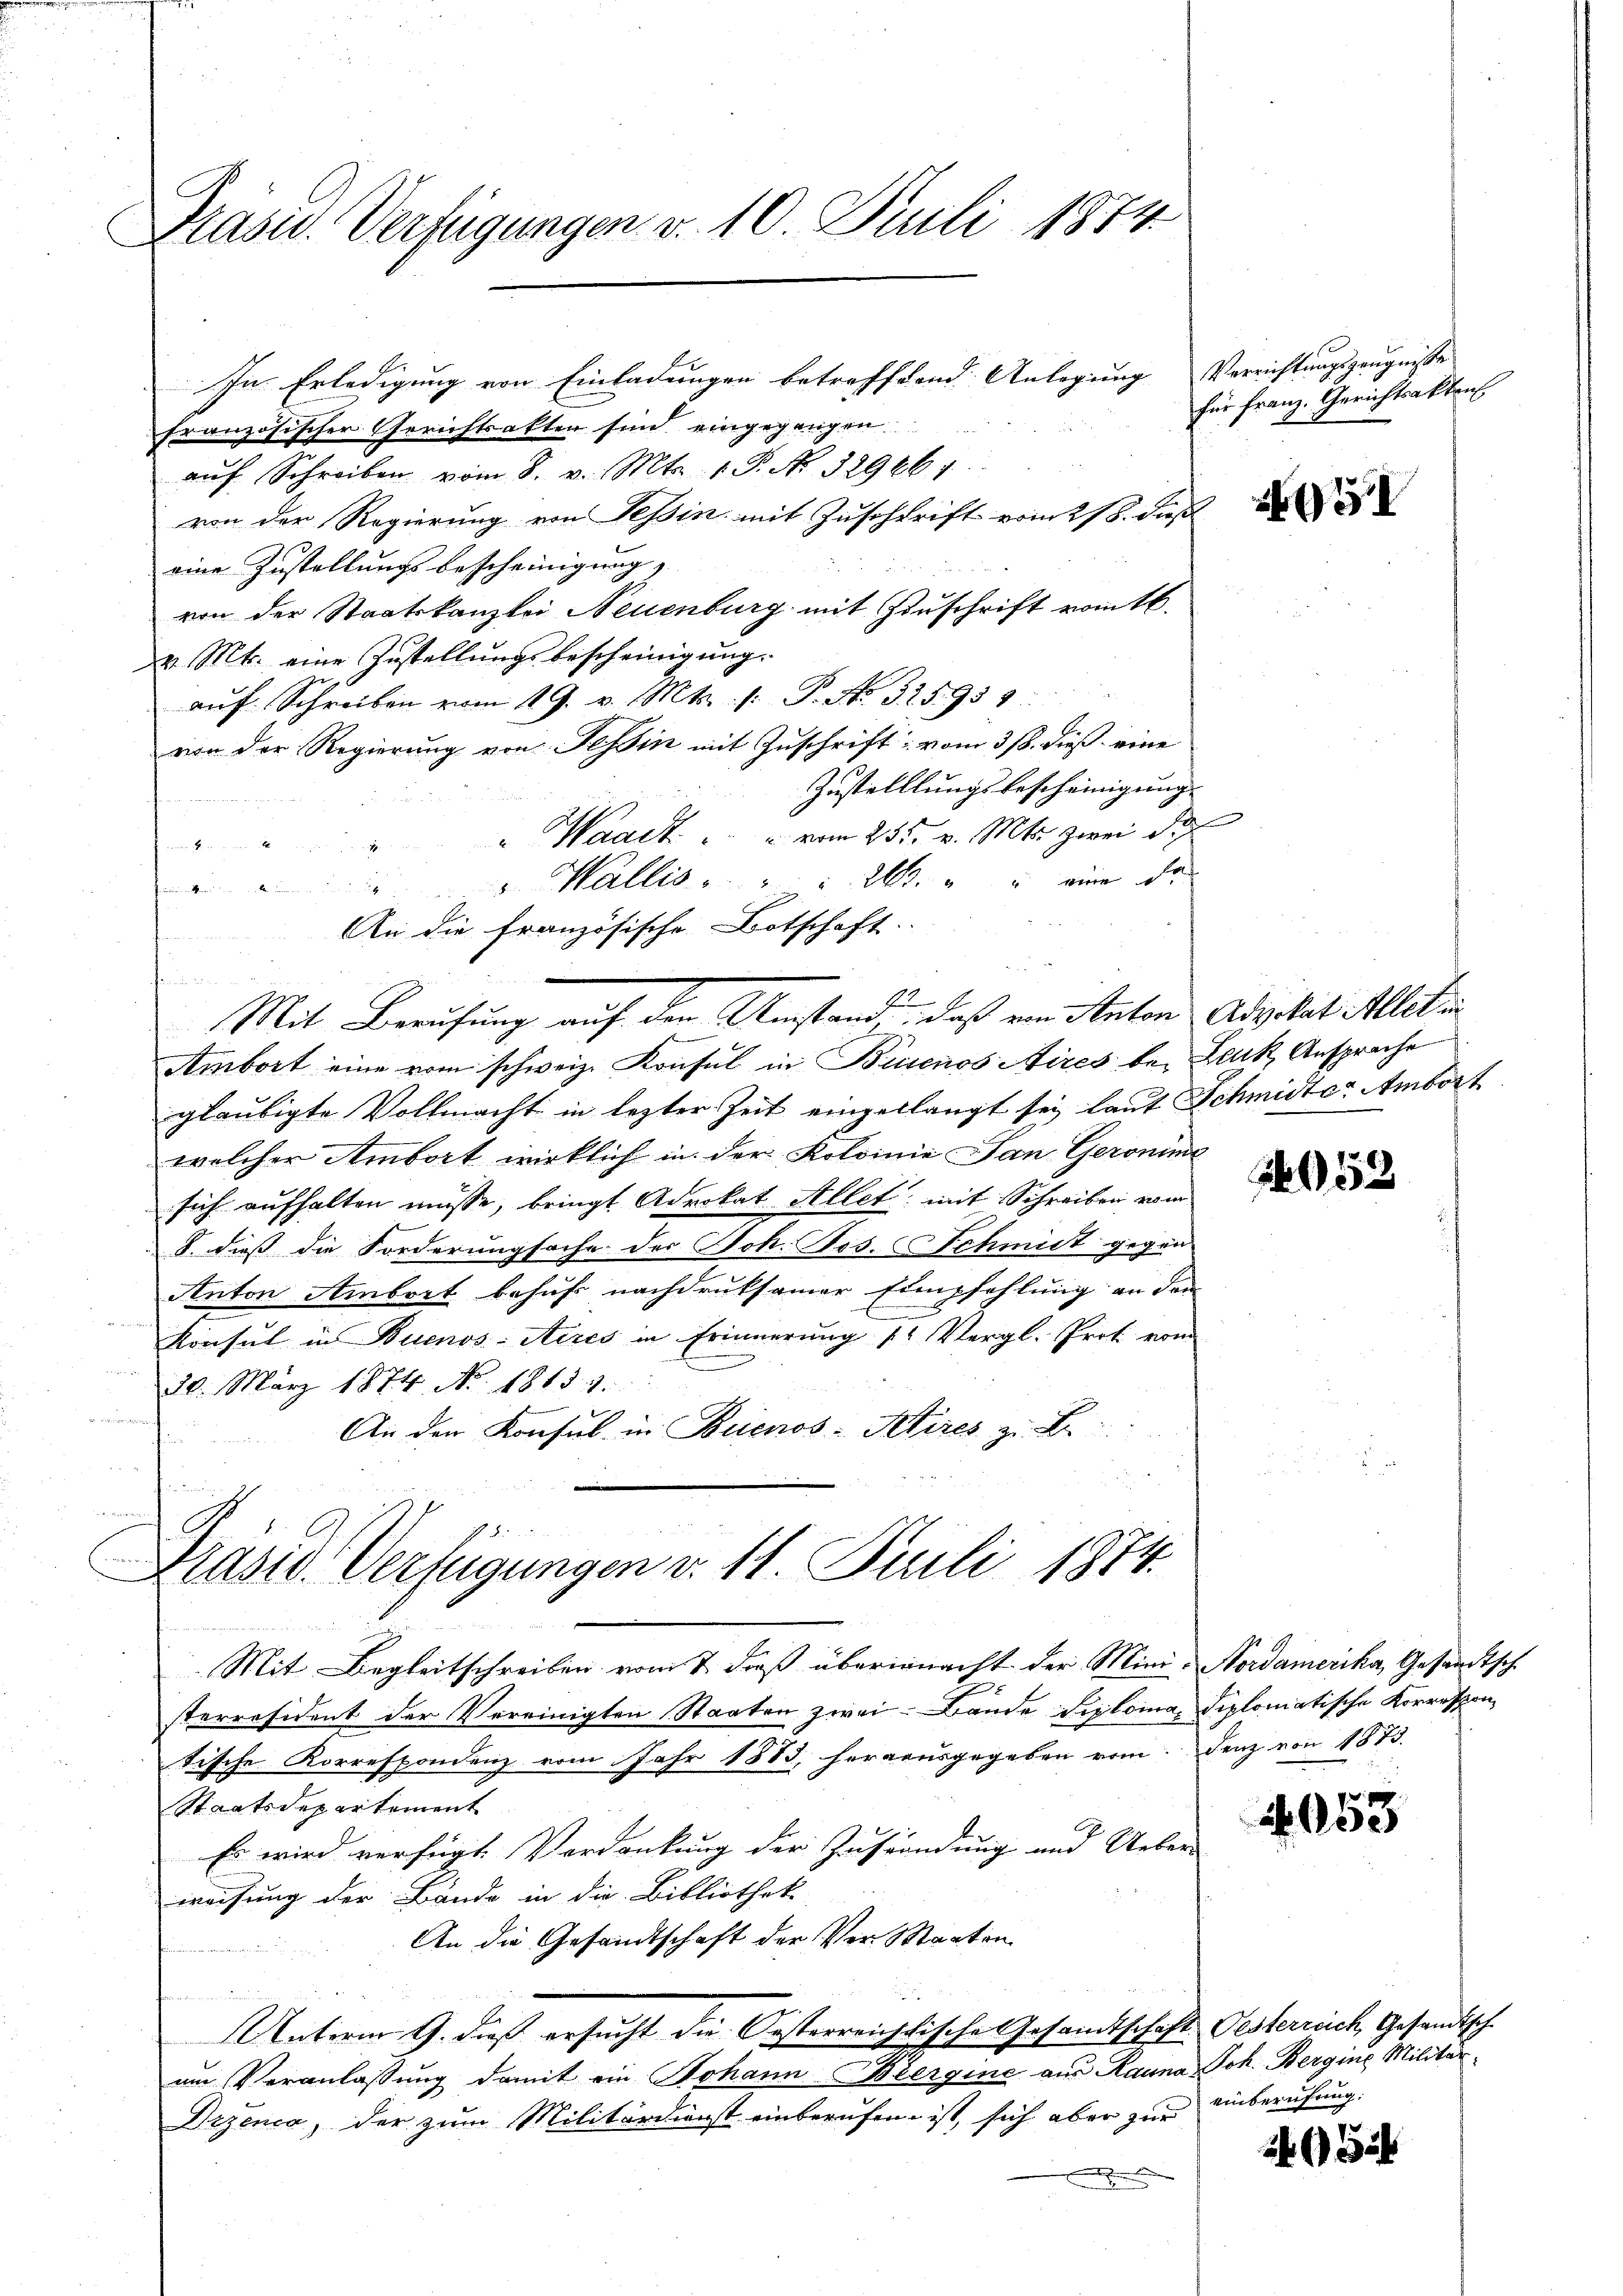
Präsid. Verfügungen v. 10. Juli 1874.

In Erledigung von Einladungen betreffend Anlegung |
französischer Gerichtsakten sind eingegangen
aŭf Schreiben vom 8. v. Mts. 1. P. No. 329661.
von der Regierung von Tessin mit Zuschrift vom 218. dieß
eine Zustellungsbescheinigung,
von der Staatskanzlei Neuenburg mit Zuschrift vom t.
v. Mt. eine Zustellungsbescheinigung.
aŭf Schreiben vom 19. v. Mts. /: P. No. 325959:
von der Regierung von Tessin mit Zuschrift vom 318. dieß eine
Zustelllungsbescheinigung
" Waadt " " vom 25t v. Mts. zwei dich
an
" Wallis . . 26. " " eine da
Dritten werden den in d
An die französische Botschaft
fenen
22
Mit Berufung auf den Umstand, daß von Anton Advokat Allete
Ambort eine vom schweiz. Konsul in Buenos Aires bei Lack Ansprache
gläubigte Vollmacht in lezter Zeit eingellangt sei laut Schmidter Ambort
welcher Ambort wirklich in der Koloinie an Geronime
sich aufhalten müsse, bringt Advokat Allet: mit Schreiben vom
8. dieß die Forderungsache der Joh. Jos. Schmidt gegen
Anton Arbeit behuf nachdruksamer Empfehlung an den
Konsul in Buenos-Aeres in Erinnerung (: Vergl. Prot vom
20. März 1874. No. 1813. 3.
e
An den Konsul in Buenos-Attires zu Be

Mit Begleitschreiben vom 2. daß übernacht der Mini- Nordamerika, Gesandtsch
sterresident der Vereinigten Staaten zwei Bände Siploma diplomatische Korrespon
tische Korrespondenz vom Jahr 1883, herrausgegeben vom Denz von 1873.
Staatsdepartement
Es wird verfügt Verdankung der Zufründung und Ueber-
weisung der Bände in die Bibliothek
An die Gesandtschaft der Verwarten
Unterm 9. dieß ersucht die Oesterreichtische Gesandtschaft Gesterreich Gesandtsch-
am Veranlassung damit ein Johann Biergine aus Rauna Joh. Bergine Militär¬
Drzenca, der zum Militärdienst einberufen ist, sich aber zur einberufung.

u
Prasis Verfügungen v. 11 Juli 1874.

Verrichtungszeugnisse
für Franz. Gerichtsakten

5

253

2053

234